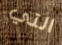
التي